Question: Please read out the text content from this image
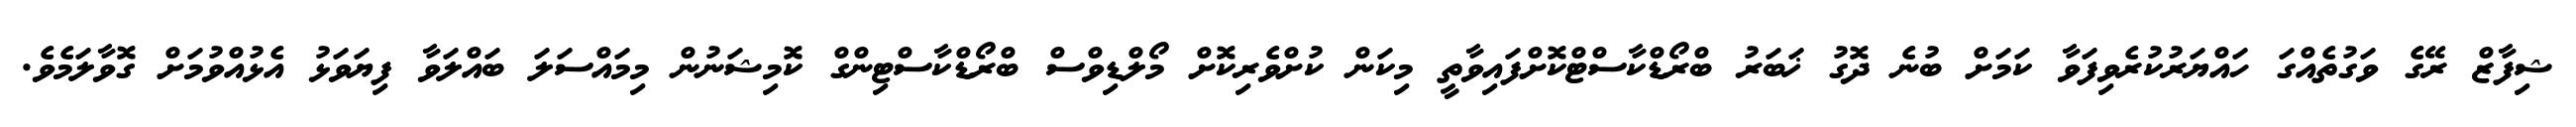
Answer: ޝިފާޒް ރޭގެ ވަގުތެއްގަ ހައްޔަރުކުރެވިފަވާ ކަމަށް ބުނެ ދޮގު ޚަބަރު ބްރޯޑްކާސްޓްކޮށްފައިވާތީ މިކަން ކުށްވެރިކޮށް މޯލްޑިވްސް ބްރޯޑްކާސްޓިންގް ކޮމިޝަނުން މިމައްސަލަ ބައްލަވާ ފިޔަވަޅު އެޅުއްވުމަށް ގޮވާލަމެވެ.